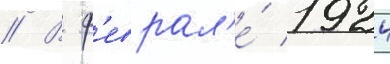
// В ф'еврал'е́ 1924